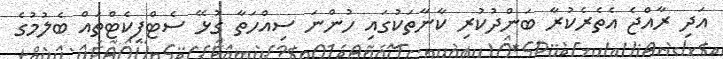
އަދި ރާއްޖެ އެތެރެކުރާ ބަންދުކުރި ކާނާތަކުގައި ހުންނަ ސިއްހަތާ ގުޅޭ ސެޓްފިކެޓްތައް ބެލުމުގެ